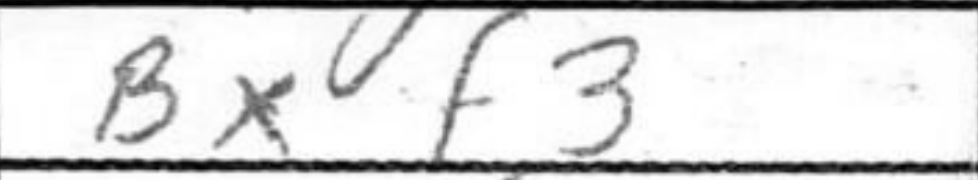
Transcription: Bxf3